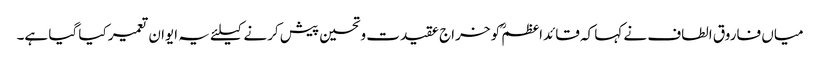
میاں فاروق الطاف نے کہا کہ قائداعظمؒ کو خراج عقیدت وتحسین پیش کرنے کیلئے یہ ایوان تعمیر کیا گیا ہے۔